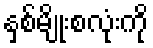
နှစ်မျိုးစလုံးကို